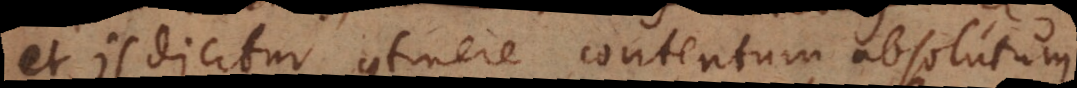
et is dicitur continere contentum absolutum.